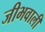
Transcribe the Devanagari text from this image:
जीभवाली